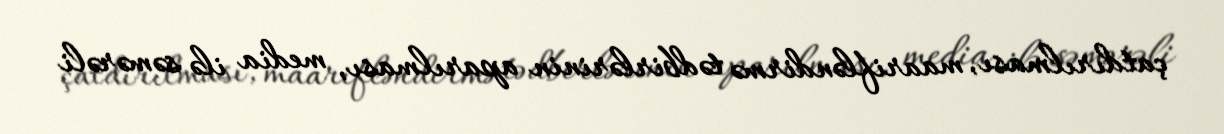
çatdırılması, maarifləndirmə tədbirlərinin aparılması, media ilə səmərəli